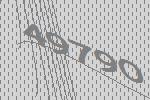
49790